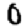
Digit: 0